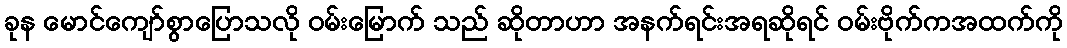
ခုန မောင်ကျော်စွာပြောသလို ဝမ်းမြောက် သည် ဆိုတာဟာ အနက်ရင်းအရဆိုရင် ဝမ်းဗိုက်ကအထက်ကို